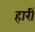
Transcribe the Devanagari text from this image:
हारीं